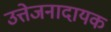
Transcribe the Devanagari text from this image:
उत्तेजनादायक